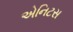
એનિટસ